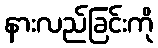
နားလည်ခြင်းကို